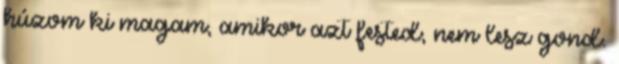
húzom ki magam, amikor azt fested, nem lesz gond.